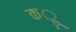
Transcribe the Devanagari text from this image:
कॣ